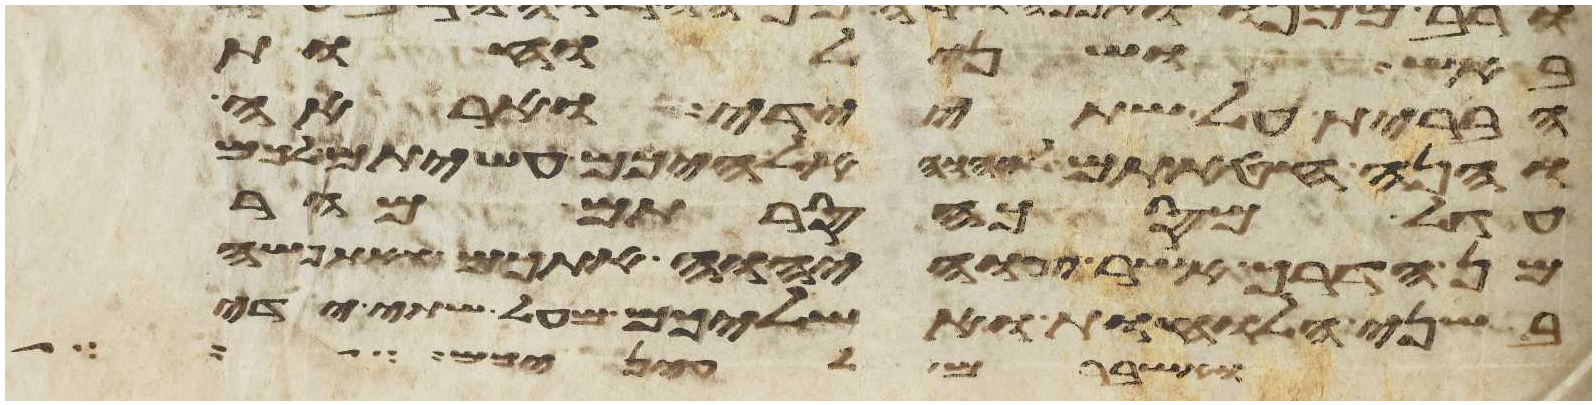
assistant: באש ושני לוחת
הברית על שתי ידי ואראה
והנה חטאתם ליהוה אלהיכם עשיתם לכם
עגל מסכה סרתם מהר
מן הדרך אשר צוה יהוה אתכם ואתפשה
בשני הלוחות ואשליכם מעל שתי ידי
ואשברם לעיניכם